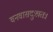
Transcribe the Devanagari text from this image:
वनवासदुःखतः।